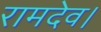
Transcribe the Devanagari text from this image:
रामदेव।